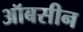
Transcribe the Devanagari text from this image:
ऑबसीन